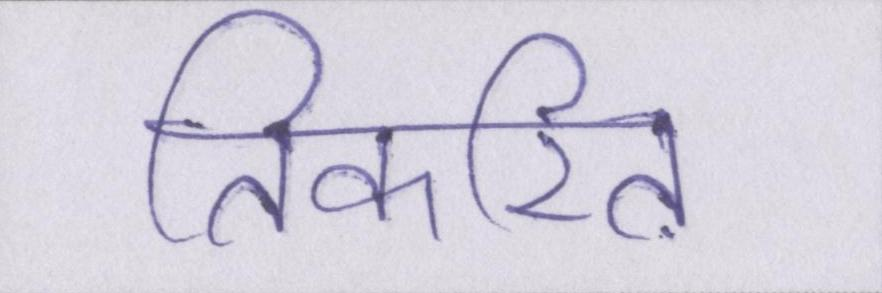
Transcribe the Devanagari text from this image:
तिकरित